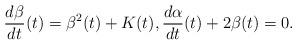
LaTeX: \begin{align*}\frac {d\beta}{dt}(t)=\beta^2(t)+K(t),\frac{d\alpha}{dt}(t)+2\beta(t)=0.\end{align*}